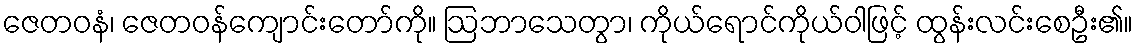
ဇေတဝနံ၊ ဇေတဝန်ကျောင်းတော်ကို။ ဩဘာသေတွာ၊ ကိုယ်ရောင်ကိုယ်ဝါဖြင့် ထွန်းလင်းစေဦး၏။